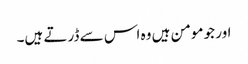
اور جو مومن ہیں وہ اس سے ڈرتے ہیں۔